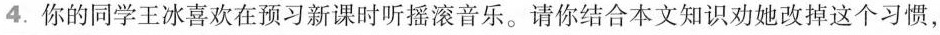
3.你的同学王冰喜欢在预习新课时听摇滚音乐。请你结合本文知识劝她改掉这个习惯，